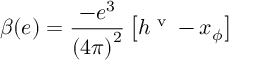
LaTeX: \beta ( e ) = \frac { - e ^ { 3 } } { \left( 4 \pi \right) ^ { 2 } } \left[ h ^ { \textrm { v } } - x _ { \phi } \right]